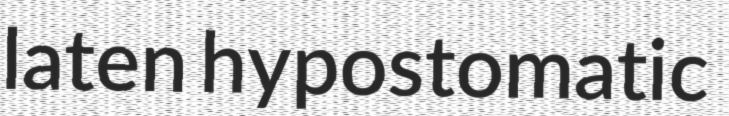
laten hypostomatic